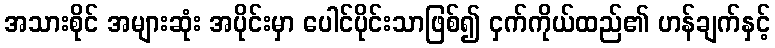
အသားစိုင် အများဆုံး အပိုင်းမှာ ပေါင်ပိုင်းသာဖြစ်၍ ငှက်ကိုယ်ထည်၏ ဟန်ချက်နှင့်